Leningradi_Edasi_toimetus, lk 211
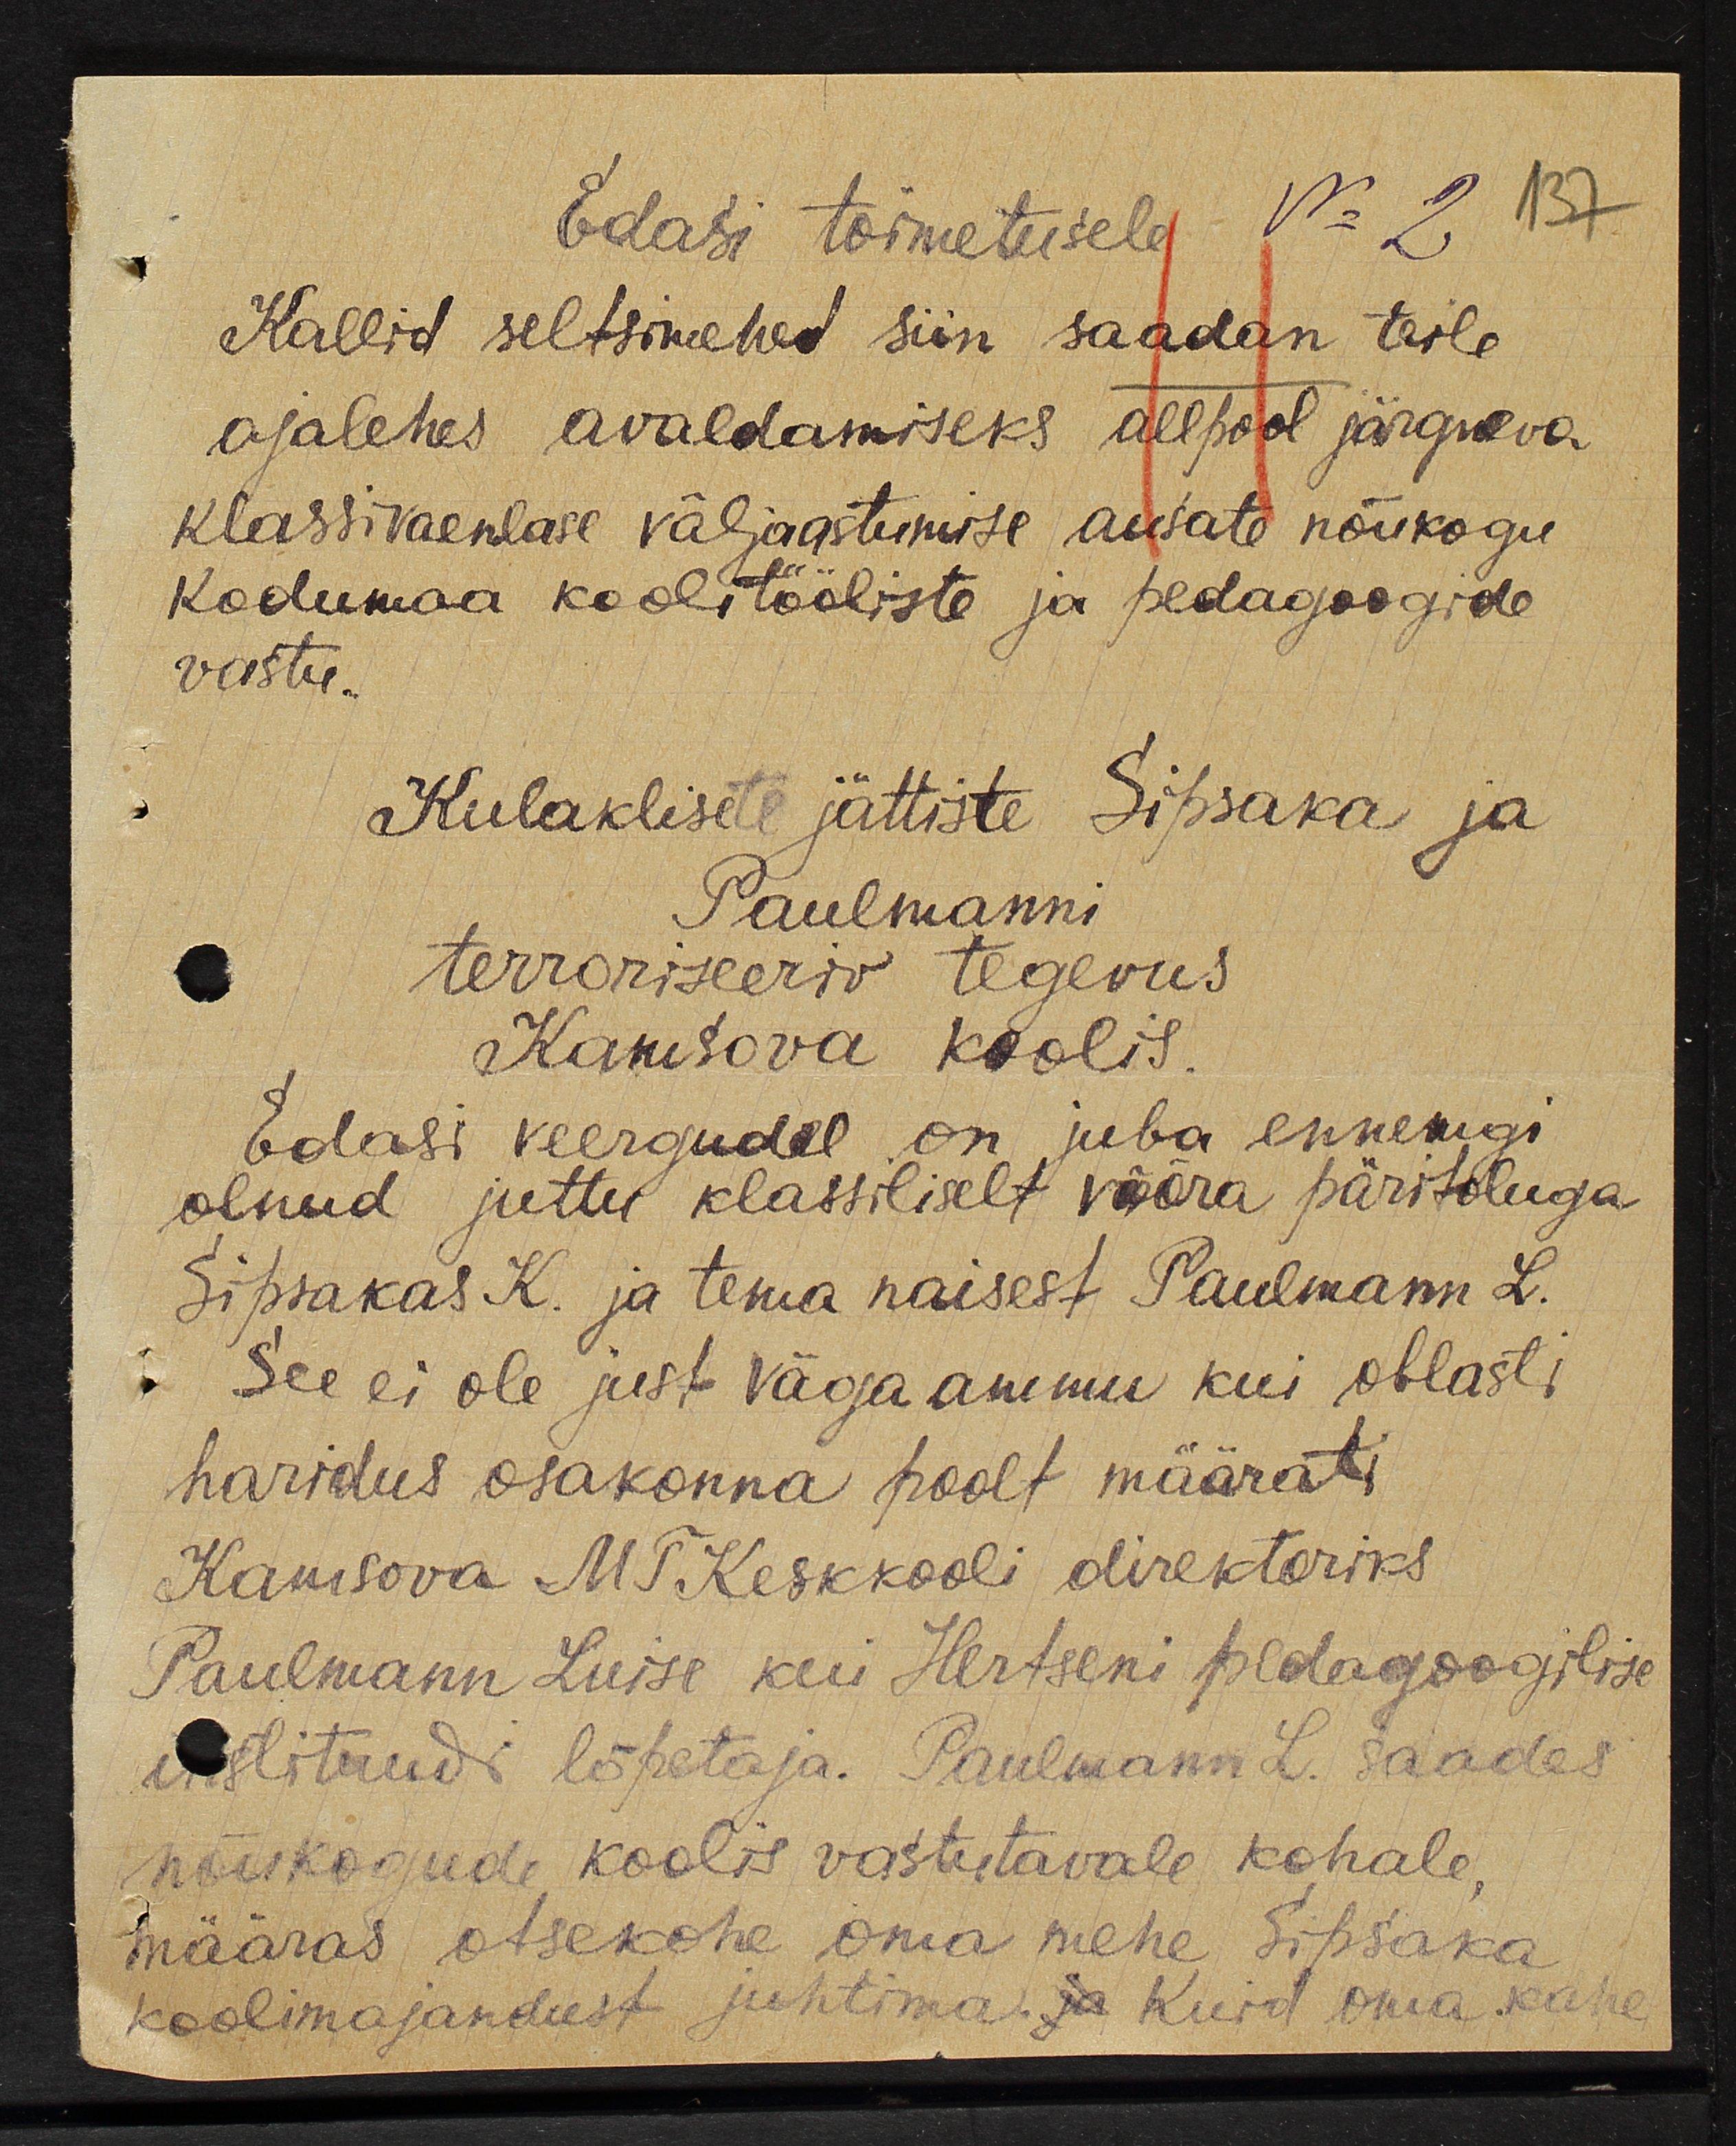
Edasi toimetusele No 2
137
Kallid seltsimehed siin saadan teile
ajalehes avaldamiseks allpool järgneva.
klassivaenlase väljaastumise ausate nõukogu
Kodumaa koolitööliste ja pedagoogide
vastu.
Kulaklisete jättiste Sipsaka ja
Paulmanni
terroriseeriv tegevus
Kamsova koolis
Edasi keergudel on juba ennemgi
olnud juttu klassiliselt võõra päritoluga
Sipsakas K. ja tema naisest Paulmann L.
See ei ole just väga ammu kui oblasti
haridus osakonna poolt määrati
Kamsova MTKeskkooli direktoriks
Paulmann Luise kui Hertseni pedagoogilise
instituudi lõpetaja. Paulmann L. saades
nõukogude koolis vastutavale kohale,
määras otsekohe oma mehe Sipsaka
koolimajandust juhtima. ja Kuid oma kahe